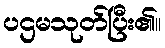
ပဌမသုတ်ပြီး၏။